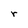
Character: r